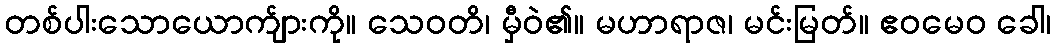
တစ်ပါးသောယောက်ျားကို။ သေဝတိ၊ မှီဝဲ၏။ မဟာရာဇ၊ မင်းမြတ်။ ဧဝမေဝ ခေါ၊